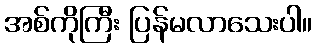
အစ်ကိုကြီး ပြန်မလာသေးပါ။